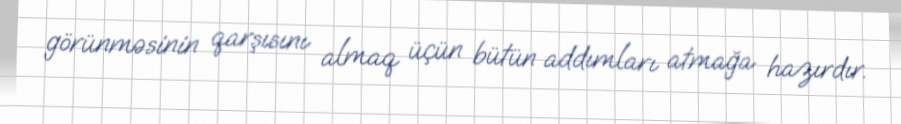
görünməsinin qarşısını almaq üçün bütün addımları atmağa hazırdır.